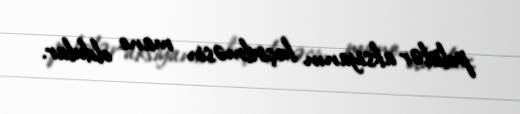
polislər aksiyanın keçirilməsin mane oldular.